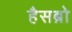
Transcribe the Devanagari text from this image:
हैसब्रो